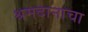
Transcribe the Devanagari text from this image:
श्रमदानाचा